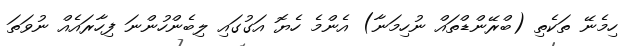
ހިމެނޭ ތަކެތި (ބްރޭންޑްތައް ނުހިމަނާ) އެންމެ ހެޔޮ އަގުގައި ލިބެންހުންނަ ފިހާރައެއް ނުވަތަ